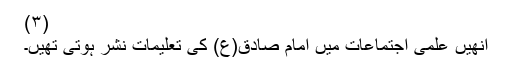
(۳)
انھیں علمی اجتماعات میں امام صادق(ع) کی تعلیمات نشر ہوتی تھیں۔